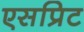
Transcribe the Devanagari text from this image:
एसप्रिट